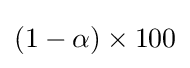
(1-\alpha )\times 100